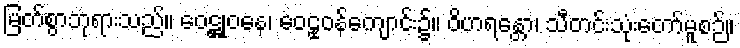
မြတ်စွာဘုရားသည်။ ဝေဋ္ဌုဝနေ၊ ဝေဠုဝန်ကျောင်း၌။ ဝိဟရန္တော၊ သီတင်းသုံးတော်မူစဉ်။